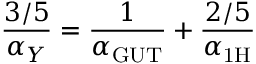
\frac { 3 / 5 } { \alpha _ { Y } } = \frac { 1 } { \alpha _ { \mathrm { G U T } } } + \frac { 2 / 5 } { \alpha _ { \mathrm { 1 H } } }